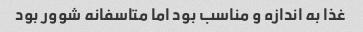
غذا به اندازه و مناسب بود اما متاسفانه شوور بود